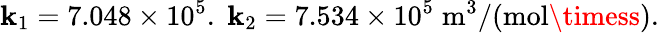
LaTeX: \mathbf{k}_{1}=7.048\times10^{5}.\; \mathbf{k}_{2}=7.534\times10^{5}\; \mathrm{{m^{3}/(mol\timess).}}